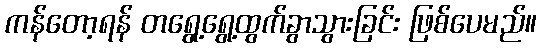
ကန်တော့ရန် တရွေ့ရွေ့ထွက်ခွာသွားခြင်း ဖြစ်ပေမည်။